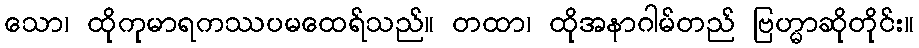
သော၊ ထိုကုမာရကဿပမထေရ်သည်။ တထာ၊ ထိုအနာဂါမ်တည် ဗြဟ္မာဆိုတိုင်း။